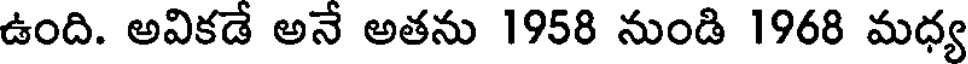
ఉంది. అవికడే అనే అతను 1958 నుండి 1968 మధ్య